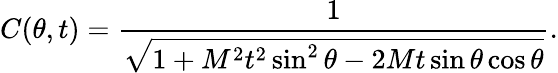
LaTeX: C(\theta,t)=\frac{1}{\sqrt{1+M^{2}t^{2}\sin^{2}\theta-2Mt\sin\theta\cos\theta}}.